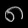
Digit: ၈